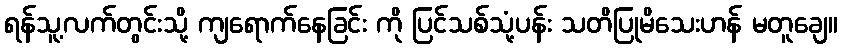
ရန်သူ့လက်တွင်းသို့ ကျရောက်နေခြင်း ကို ပြင်သစ်သုံ့ပန်း သတိပြုမိသေးဟန် မတူချေ။